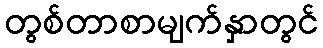
တွစ်တာစာမျက်နှာတွင်